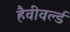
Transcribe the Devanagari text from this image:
हैवीवर्ल्ड